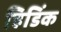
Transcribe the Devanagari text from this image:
हिडिंक